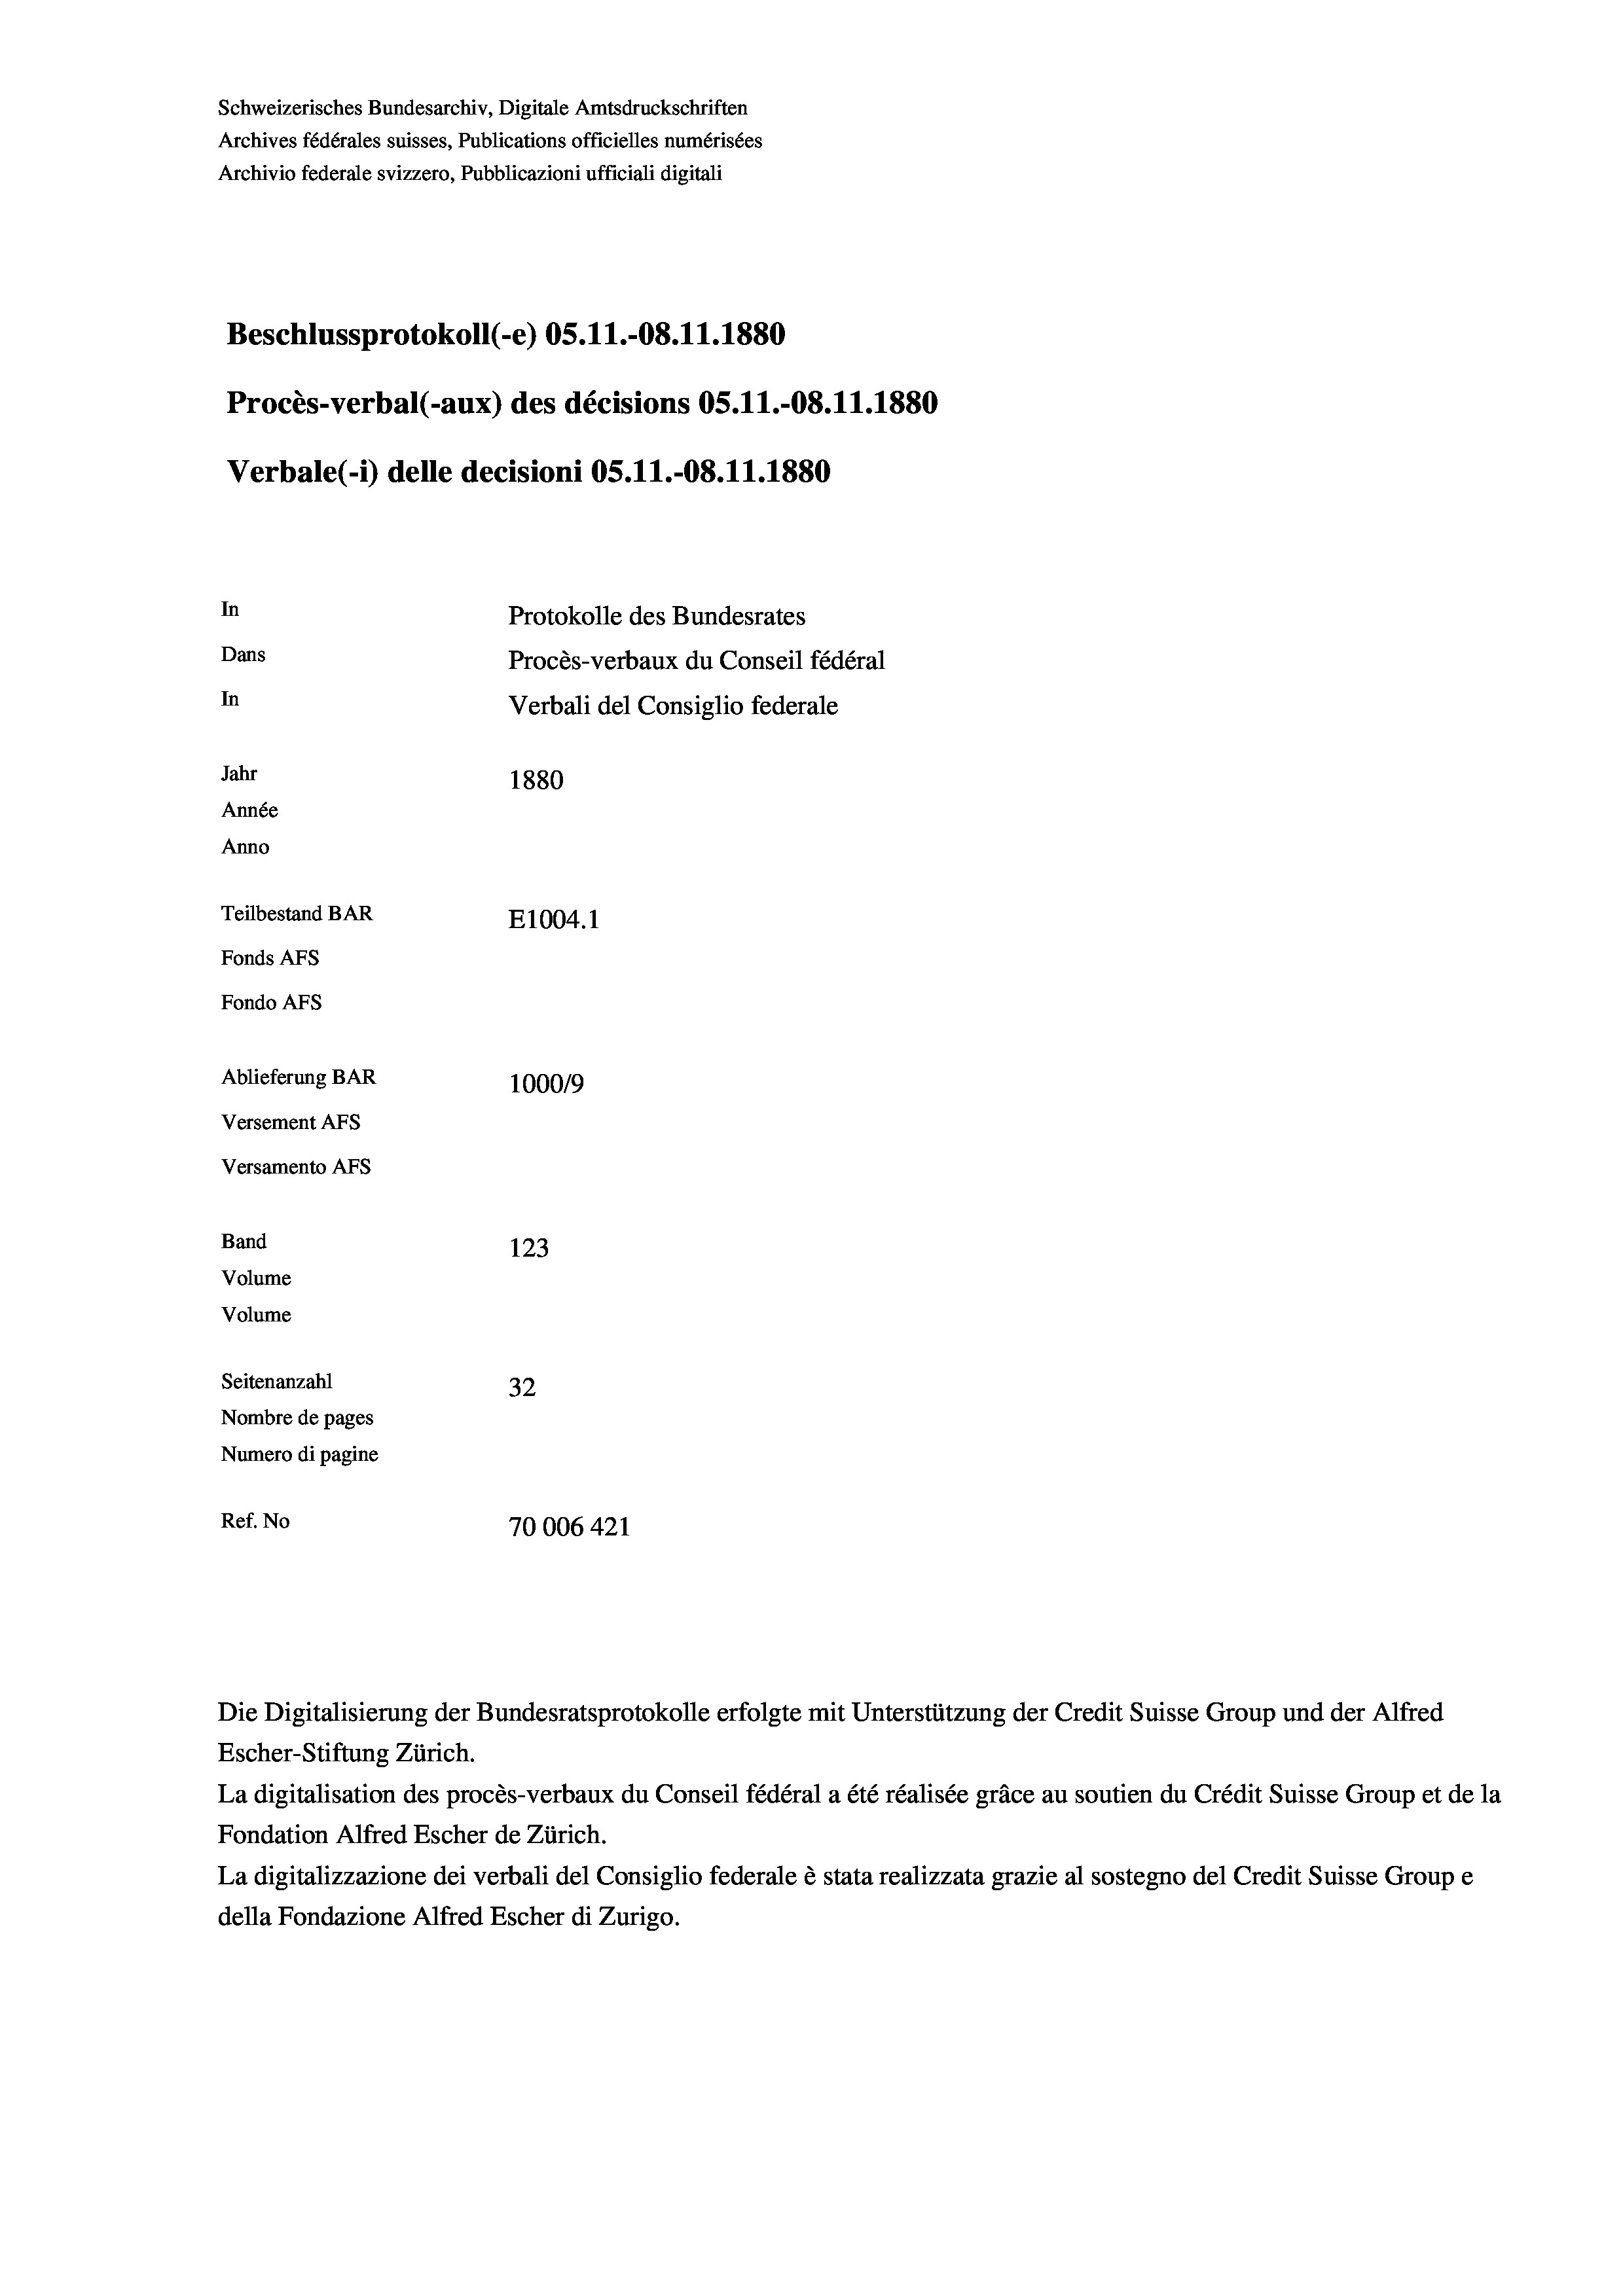
Schweizerisches Bundesarchiv, Digitale Amtsdruckschriften
Archives fédérales suisses, Publications officielles numérisées
Archivio federale svizzero, Pubblicazioni ufficiali digitali
Beschlussprotokoll (-e) OS.11.-08.11.1880
Procès-verbal (-aux) des décisions OS.11.-08.11.1880
Verbale(*) delle decisioni OS.11.-08.11.1880
In
Protokolle des Bundesrates
Dans
Procès-verbaux du Conseil fédéral
In
Verbali del Consiglio federale
Jahr
1880
Année
Anno
Teilbestand BAR
E1004. 1
Fonds AFs
Fondo AFs
Ablieferung BAR
100019
Versement AFs
Versamento Afs
Band
123
Volume
Volume
Seitenanzahl
32
Nombre de pages
Numero di pagine
Ref. No
70006 421

Escher-Stiftung Zürich.
La digitalisation des procès-verbaux du Conseil fédéral a été réalisée gräce au soutien du Crédit Suisse Group et de la
Fondation Alfred Escher de Zürich.
La digitalizzazione dei verbali del Consiglio federale è stata realizzata grazie al sostegno del Credit Suisse Groupe
della Fondazione Alfred Escher di Zurigo.

Die Digitalisierung der Bundesratsprotokolle erfolgte mit Unterstützung der Credit Suisse Group und der Alfred